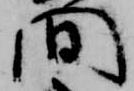
間